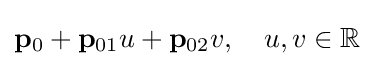
\mathbf {p} _{0}+\mathbf {p} _{01}u+\mathbf {p} _{02}v,\quad u,v\in \mathbb {R}